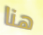
هنا